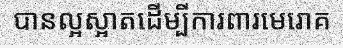
បានល្អស្អាតដើម្បីការពារមេរោគ